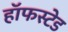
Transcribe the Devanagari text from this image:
हॉफस्टेड